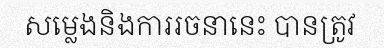
សម្លេងនិងការរចនានេះ បានត្រូវ